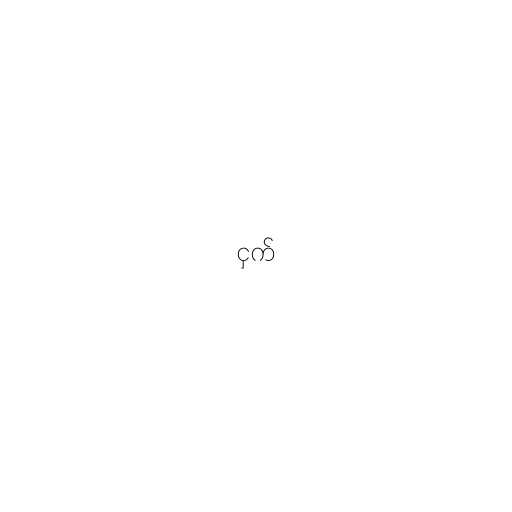
ငှက်